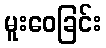
မူးဝေခြင်း